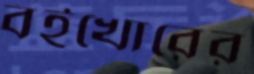
বইখোরের